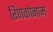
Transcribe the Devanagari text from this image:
रिणकोनाम